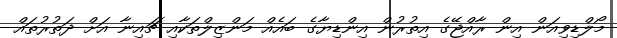
މޯލްޑިވިއަން އިން ރާއްޖޭގެ އިތުރުން އިންޑިޔާގެ ބައެއް މަންޒިލްތަކާއި ޗައިނާ އަށް ދަތުރުތައް